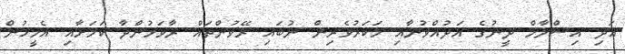
އަދި އިސްލާމް ދީނުގެ އަދުއްވުނާއި މަކަރުވެރިން ނުބައި ރޭވުންތައް ރާވަމުންދާ ކަމަށާއި އެމީހުން